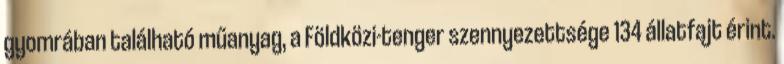
gyomrában található műanyag, a Földközi-tenger szennyezettsége 134 állatfajt érint.